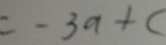
= - 3 a + c